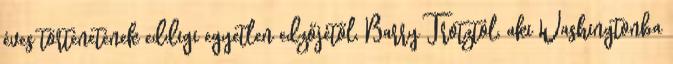
éves történetének eddigi egyetlen edzőjétől, Barry Trotztól, aki Washingtonba